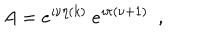
LaTeX: A = e ^ { \imath \nu \eta ( k ) } ~ e ^ { \imath \pi ( \nu + 1 ) } ~ ~ ,